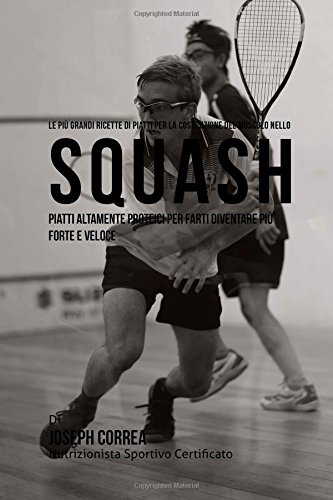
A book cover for Le piu Grandi Ricette di Piatti per la Costruzione del Muscolo nello Squash: Piatti altamente Proteici per farti diventare piu Forte e Veloce (Italian Edition); Joseph Correa (Nutrizionista Sportivo Certificato); Sports & Outdoors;